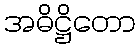
အဓိဋ္ဌိတော